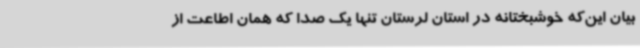
بیان این‌که خوشبختانه در استان لرستان تنها یک صدا که همان اطاعت از